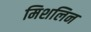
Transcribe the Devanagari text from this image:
मिशलिन